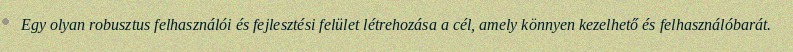
Egy olyan robusztus felhasználói és fejlesztési felület létrehozása a cél, amely könnyen kezelhető és felhasználóbarát.